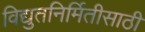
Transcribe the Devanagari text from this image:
विद्युतनिर्मितीसाठी